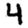
Digit: 4